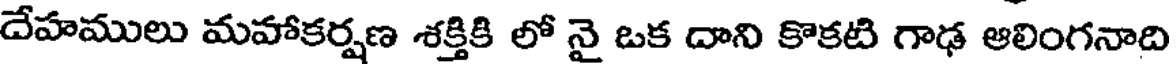
దేహములు మహాకర్షణ శక్తికి లో నై ఒక దాని కొకటి గాఢ ఆలింగనాది